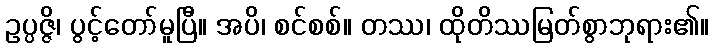
ဥပ္ပဇ္ဇိ၊ ပွင့်တော်မူပြီ။ အပိ၊ စင်စစ်။ တဿ၊ ထိုတိဿမြတ်စွာဘုရား၏။